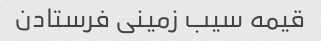
قیمه سیب زمینی فرستادن